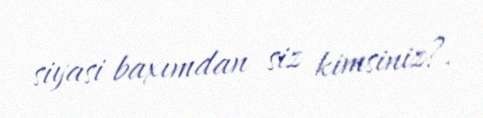
siyasi baxımdan siz kimsiniz?.